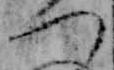
つ